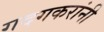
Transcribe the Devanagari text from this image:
गदगकरांनी